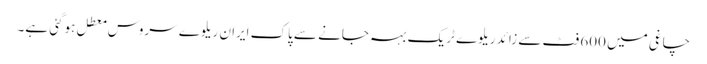
چاغی میں 600 فٹ سے زائد ریلوے ٹریک بہہ جانے سے پاک ایران ریلوے سروس معطل ہوگئی ہے۔